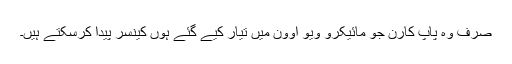
صرف وہ پاپ کارن جو مائیکرو ویو اوون میں تیار کیے گئے ہوں کینسر پیدا کرسکتے ہیں۔